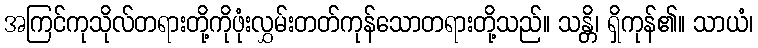
အကြင်ကုသိုလ်တရားတို့ကိုဖုံးလွှမ်းတတ်ကုန်သောတရားတို့သည်။ သန္တိ၊ ရှိကုန်၏။ သာယံ၊